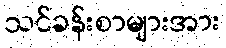
သင်ခန်းစာများအား